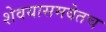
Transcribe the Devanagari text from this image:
शेवयासमवेतच